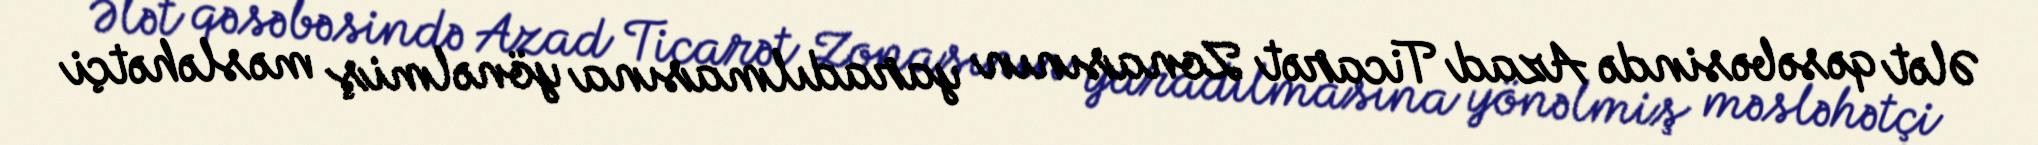
Ələt qəsəbəsində Azad Ticarət Zonasının yaradılmasına yönəlmiş məsləhətçi